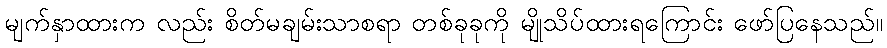
မျက်နှာထားက လည်း စိတ်မချမ်းသာစရာ တစ်ခုခုကို မျိုသိပ်ထားရကြောင်း ဖော်ပြနေသည်။